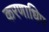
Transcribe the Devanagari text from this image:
करणाधिप